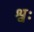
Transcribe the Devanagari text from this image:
श्वः